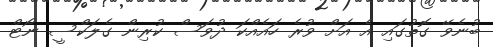
ބުނެވޭ ގޮތުގައި އެ އަށް ވުރެ ހައެއްކަ ދުވަސް ކުރިން ގެލަކްސީ ނޯޓް